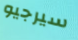
سيرجيو